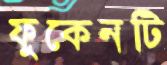
ফুকেনটি